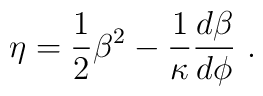
\eta = {1\over 2}\beta^2 -\frac{1}{\kappa}{d\beta\over d\phi} ~.